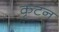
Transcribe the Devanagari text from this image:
कृटन